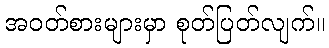
အဝတ်စားများမှာ စုတ်ပြတ်လျက်။